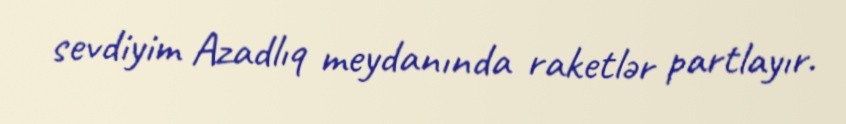
sevdiyim Azadlıq meydanında raketlər partlayır.